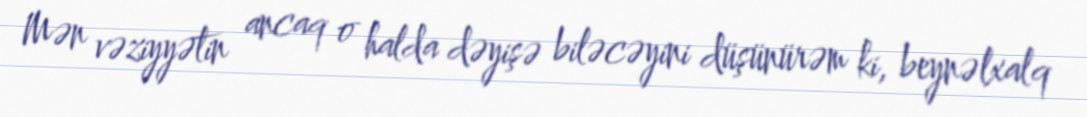
Mən vəziyyətin ancaq o halda dəyişə biləcəyini düşünürəm ki, beynəlxalq